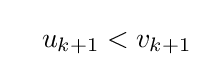
\quad u_{k+1}<v_{k+1}